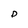
Character: D